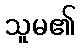
သူမ၏